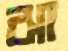
ঝা